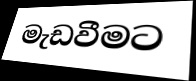
මැඩවීමට